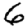
Digit: 6